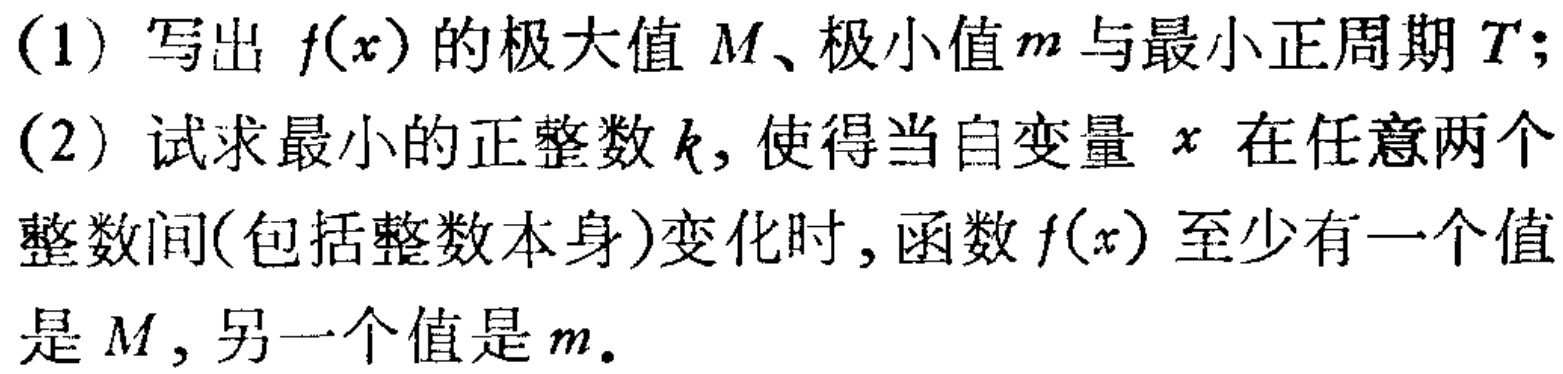
(1) 写出 \(f(x)\) 的极大值 \(M\)、极小值 \(m\) 与最小正周期 \(T\);
(2) 试求最小的正整数 \(k\), 使得当自变量 \(x\) 在任意两个整数间(包括整数本身)变化时, 函数 \(f(x)\) 至少有一个值是 \(M\), 另一个值是 \(m\).